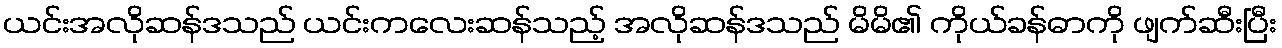
ယင်းအလိုဆန်ဒသည် ယင်းကလေးဆန်သည့် အလိုဆန်ဒသည် မိမိ၏ ကိုယ်ခန်ဓာကို ဖျက်ဆီးပြီး